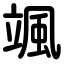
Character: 颯